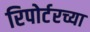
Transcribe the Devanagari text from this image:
रिपोर्टरच्या